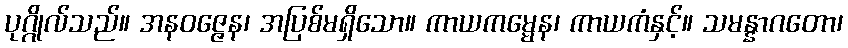
ပုဂ္ဂိုလ်သည်။ အနဝဇ္ဇေန၊ အပြစ်မရှိသော။ ကာယကမ္မေန၊ ကာယကံနှင့်။ သမန္နာဂတော၊